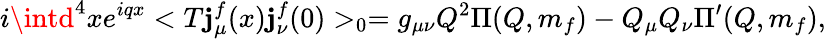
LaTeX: i\intd^{4}xe^{iqx}<T\mathbf{j}_{\mu}^{f}(x)\mathbf{j}_{\nu}^{f}(0)>_{0}=g_{\mu\nu}Q^{2}\Pi(Q,m_{f})-Q_{\mu}Q_{\nu}\Pi^{\prime}(Q,m_{f}),